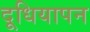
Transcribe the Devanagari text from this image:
दूधियापन